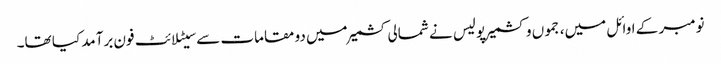
نومبر کے اوائل میں، جموں و کشمیر پولیس نے شمالی کشمیر میں دو مقامات سے سیٹلائٹ فون برآمد کیا تھا۔